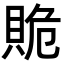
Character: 𧵥